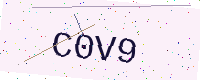
Text: C0V9